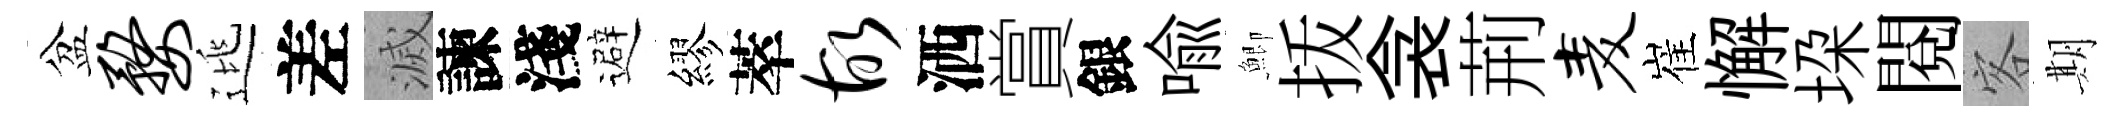
盆婺逃差滅諫淺避繆萃故洒賞銀喻鯽㧞衾荊麦崔懈垜閲客期